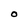
Character: O